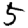
Digit: 5